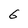
Character: 6